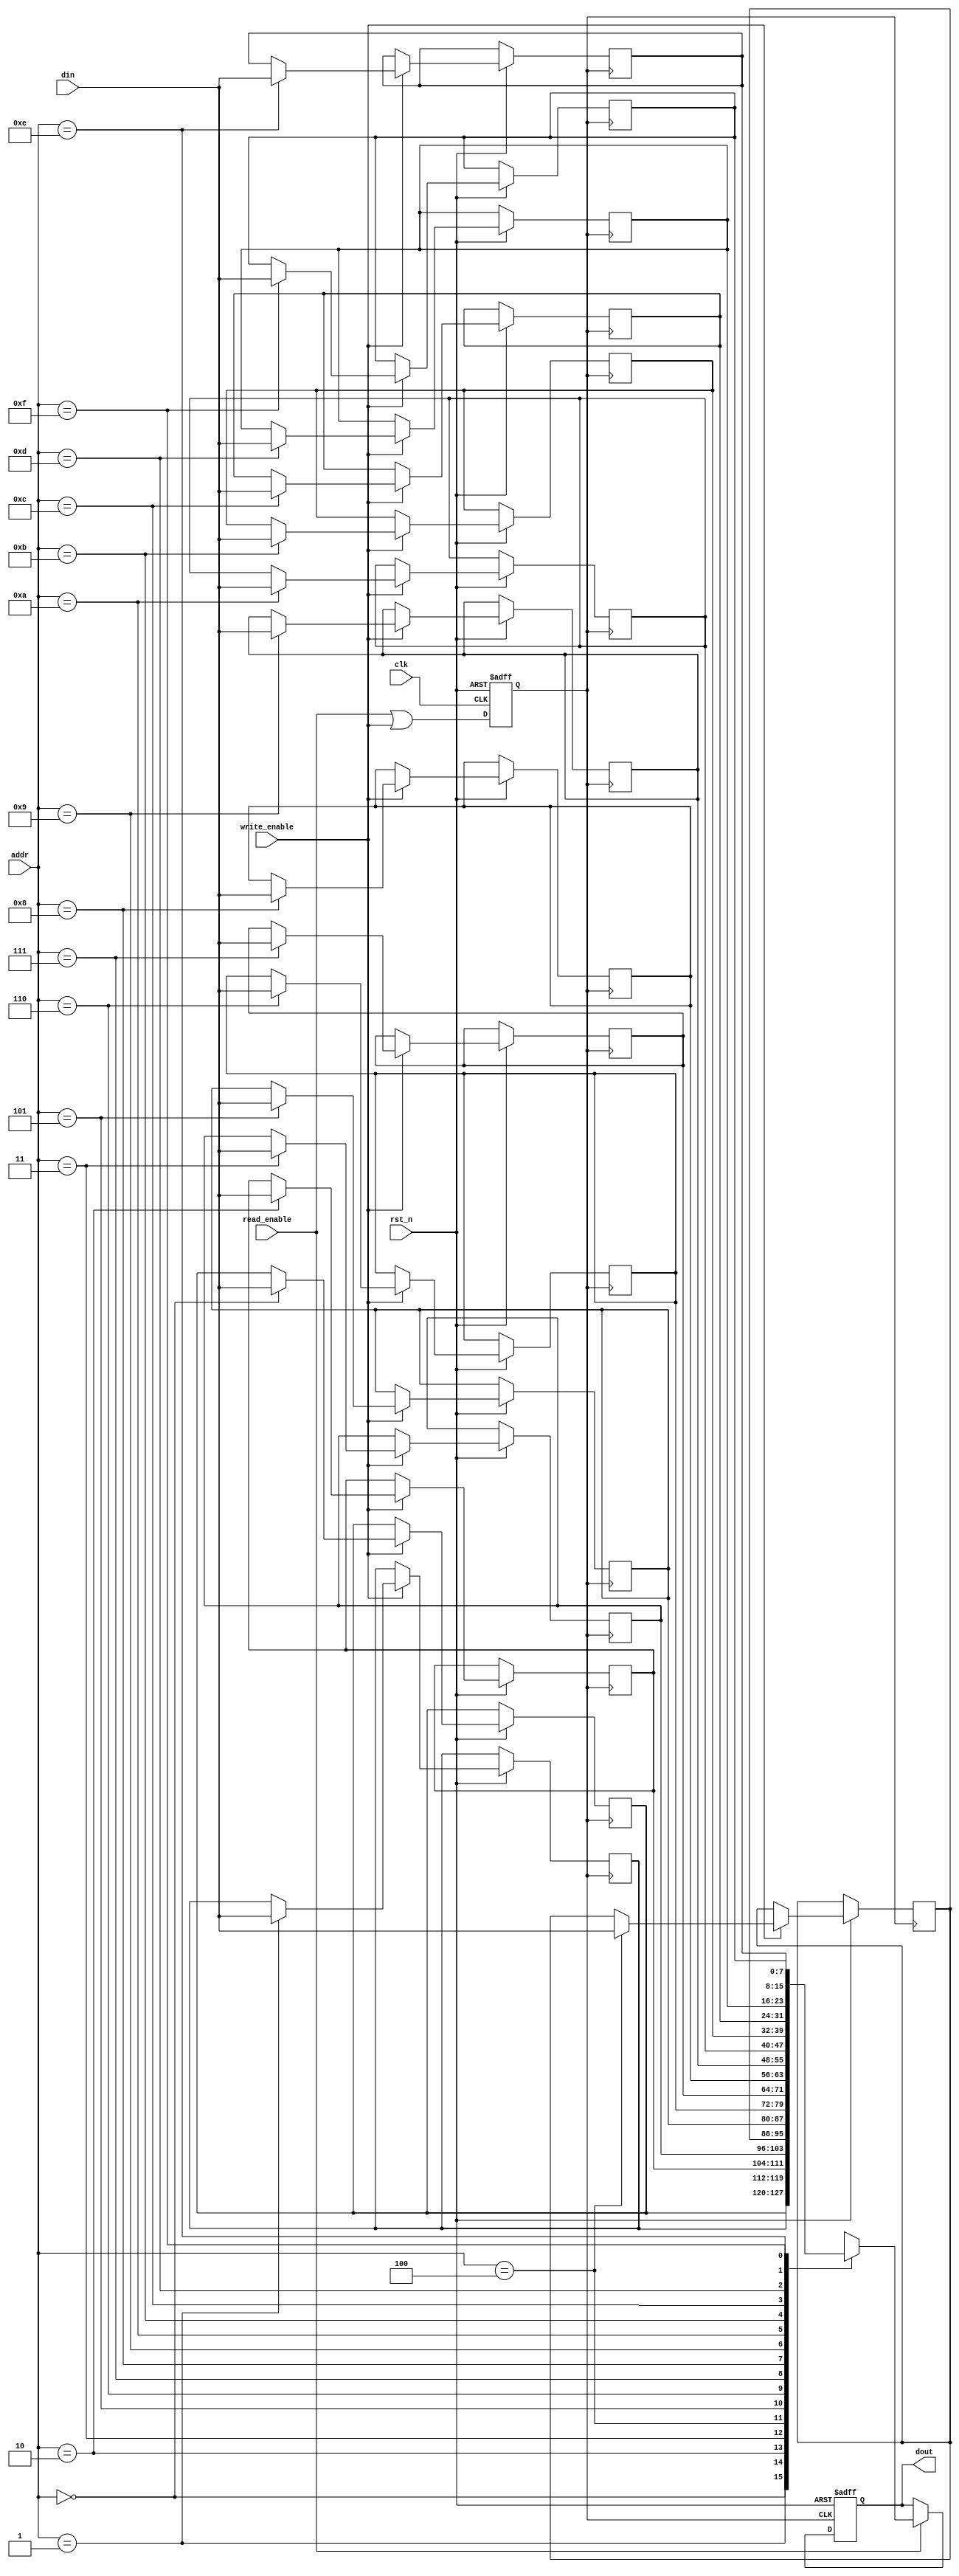
module MemoryBlock #(
    parameter DATA_WIDTH = 8,
    parameter ADDR_WIDTH = 4,
    parameter MEMORY_SIZE = 1 << ADDR_WIDTH
)(
    input wire clk,                 // Main clock input
    input wire rst_n,               // Active low reset
    input wire read_enable,         // Read operation enable
    input wire write_enable,        // Write operation enable
    input wire [ADDR_WIDTH-1:0] addr, // Address input
    input wire [DATA_WIDTH-1:0] din, // Data input for write
    output reg [DATA_WIDTH-1:0] dout // Data output for read
);

    reg [DATA_WIDTH-1:0] memory [0:MEMORY_SIZE-1]; // Memory array
    reg clk_gated;      // Gated clock signal
    wire clk_enable;    // Clock enable signal for gating

    // Clock Gating Logic
    always @(*) begin
        // Enable clock if either read or write operation is active
        clk_enable = read_enable || write_enable;
    end

    // Gated clock generation
    always @(posedge clk or negedge rst_n) begin
        if (!rst_n) begin
            clk_gated <= 1'b0; // Reset gated clock
        end else begin
            clk_gated <= clk_enable; // Update gated clock based on enable signal
        end
    end

    // Memory Operations
    always @(posedge clk_gated or negedge rst_n) begin
        if (!rst_n) begin
            dout <= {DATA_WIDTH{1'b0}}; // Reset output data
        end else begin
            if (write_enable) begin
                memory[addr] <= din; // Write data to memory
            end
            if (read_enable) begin
                dout <= memory[addr]; // Read data from memory
            end
        end
    end

endmodule